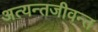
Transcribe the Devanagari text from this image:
अत्यन्तजीवन्त